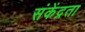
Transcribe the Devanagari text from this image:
संकेंद्रता